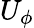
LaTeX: U_{\phi}